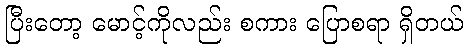
ပြီးတော့ မောင့်ကိုလည်း စကား ပြောစရာ ရှိတယ်